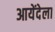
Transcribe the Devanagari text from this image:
आयेंदेला